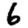
Digit: 6